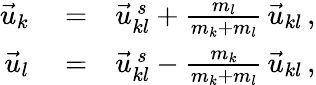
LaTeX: \begin{array}{rlr}{\vec{u}_{k}}&{{}=}&{\vec{u}_{kl}^{\, s}+\frac{m_{l}}{m_{k}+m_{l}}\, \vec{u}_{kl}\, ,}\\ {\vec{u}_{l}}&{{}=}&{\vec{u}_{kl}^{\, s}-\frac{m_{k}}{m_{k}+m_{l}}\, \vec{u}_{kl}\, ,}\end{array}